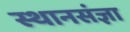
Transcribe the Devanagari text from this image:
स्थानसंज्ञा